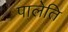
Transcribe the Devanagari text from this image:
पालेति